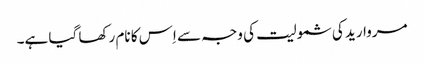
مروارید کی شمولیت کی وجہ سے اِس کا نام رکھا گیا ہے۔